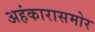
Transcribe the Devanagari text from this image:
अहंकारासमोर